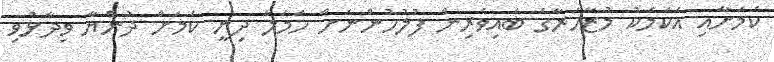
ކަމަށާއި އެކަމަކު މުޒާހަރާގެ ބައިވެރިން ފުލުހުންނަށް ހަމަލާ ދިނީ ކަަމަށް ދުންޔާ ވިދާޅުވި